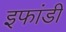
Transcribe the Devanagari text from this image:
इफांडी